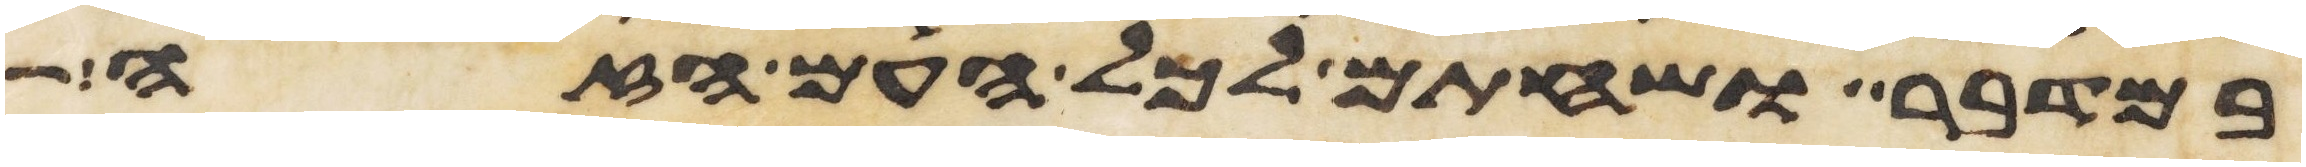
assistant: במדבר ושחתם לכל העם הזה